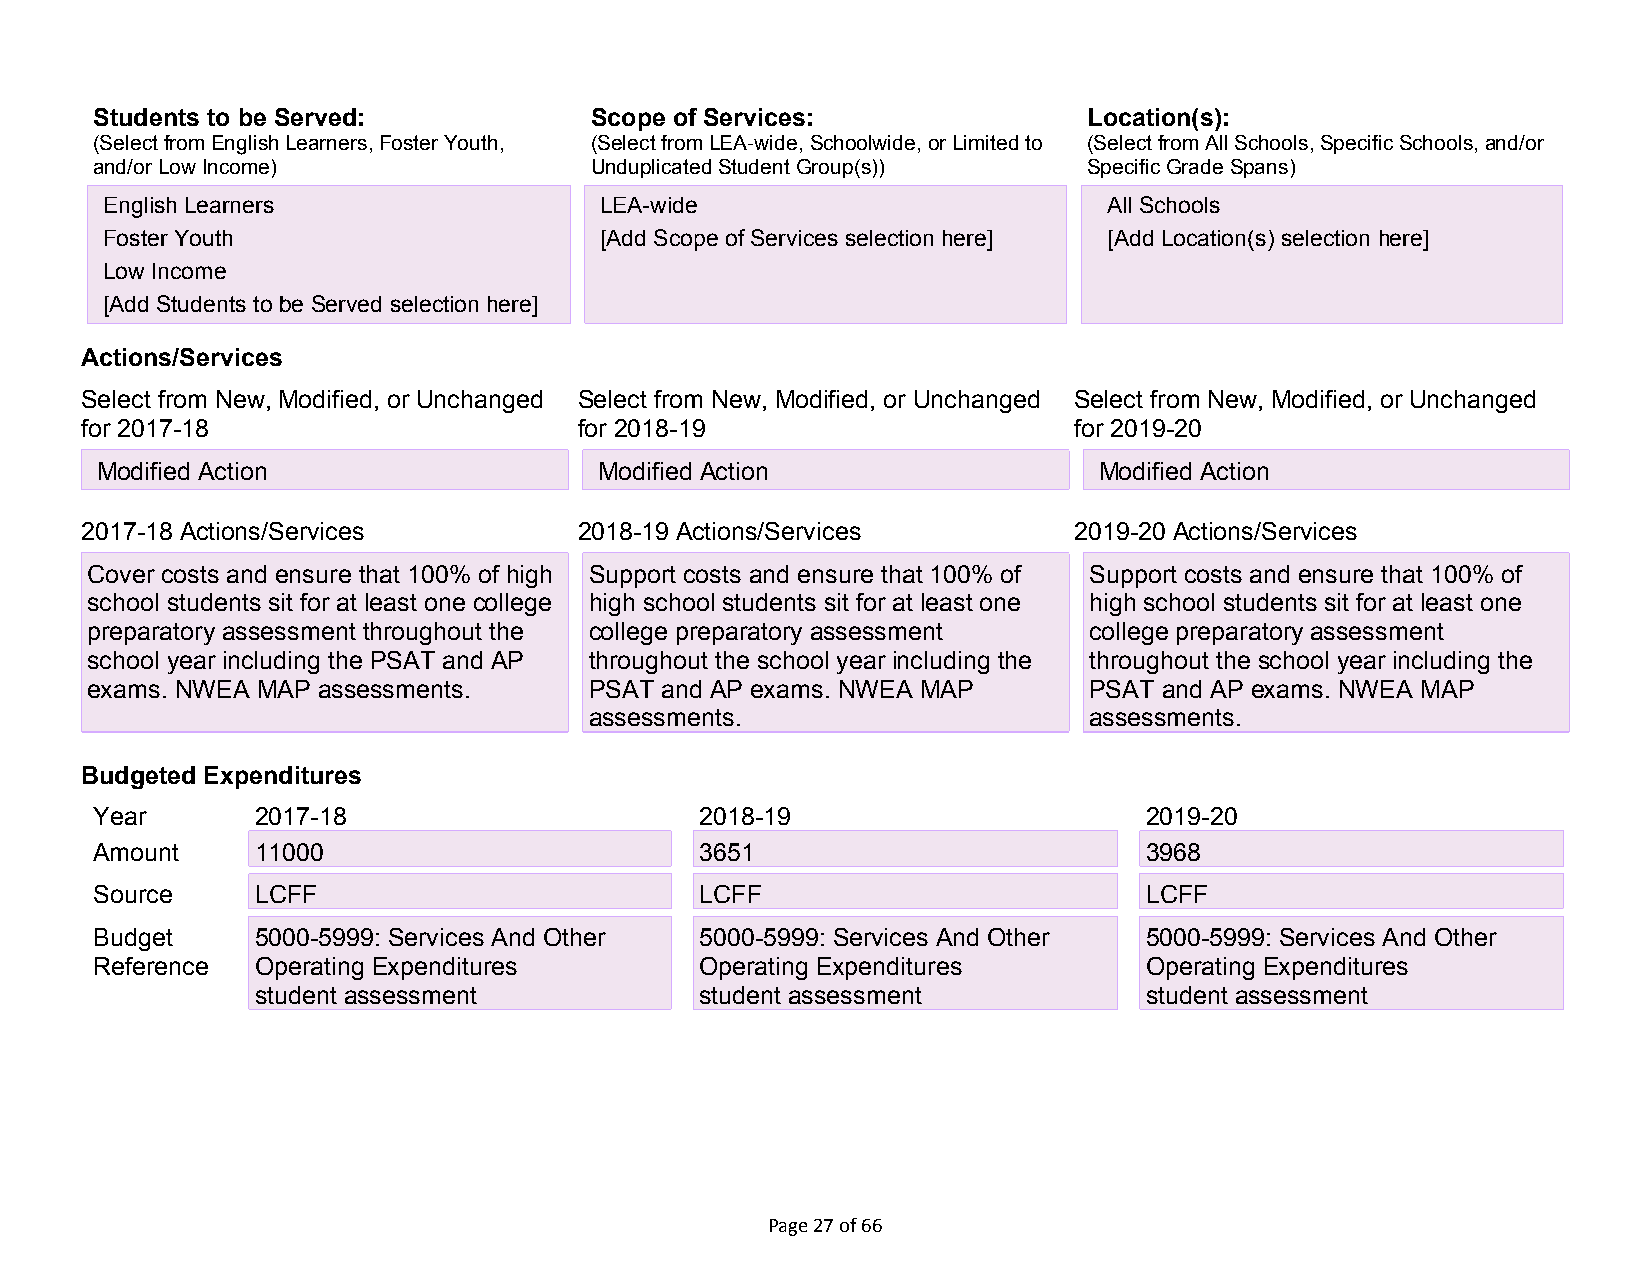
Students to be Served:           Scope of Services:               Location(s):
 (Select from English Learners, Foster Youth, (Select from LEA-wide, Schoolwide, or Limited to (Select from All Schools, Specific Schools, and/or
 and/or Low Income)               Unduplicated Student Group(s))   Specific Grade Spans)
 XE nglish Learners               XL EA-wide                       XA ll Schools
 XF oster Youth                    [Add Scope of Services selection here] [Add Location(s) selection here]
 XL ow Income
 [Add Students to be Served selection here]
 Actions/Services
 Select from New, Modified, or Unchanged Select from New, Modified, or Unchanged Select from New, Modified, or Unchanged
 for 2017-18                      for 2018-19                      for 2019-20
 XM odified Action                XM odified Action                XM odified Action
 2017-18 Actions/Services         2018-19 Actions/Services         2019-20 Actions/Services
 Cover costs and ensure that 100% of high Support costs and ensure that 100% of Support costs and ensure that 100% of
 school students sit for at least one college high school students sit for at least one high school students sit for at least one
 preparatory assessment throughout the college preparatory assessment college preparatory assessment
 school year including the PSAT and AP throughout the school year including the throughout the school year including the
 exams. NWEA MAP assessments.     PSAT and AP exams. NWEA MAP      PSAT and AP exams. NWEA MAP
 assessments.                     assessments.
 Budgeted Expenditures
 Year       2017-18                      2018-19                       2019-20
 Amount     11000                        3651                          3968
 11000                        3651                          3968
 Source     LCFF                         LCFF                          LCFF
 11000                        3651                          3968
 Budget     5000-5999: Services And Other 5000-5999: Services And Other 5000-5999: Services And Other
 Reference  O perating Expenditures      Operating Expenditures        Operating Expenditures
 student assessment           student assessment            student assessment
 Page 27 of 66